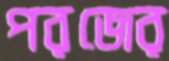
পরজের